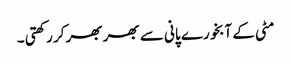
مٹی کے آبخورے پانی سے بھر بھر کر رکھتی ۔